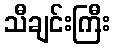
သီချင်းကြီး